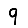
Digit: 9